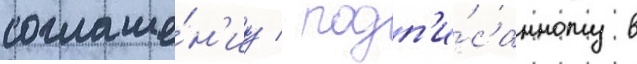
соглаше́н'иу / подп'и́санному в